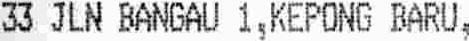
33 JLN BANGAU 1,KEPONG BARU,